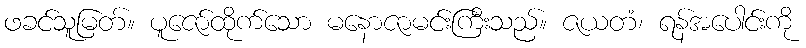
ဖခင်သူမြတ်။ ပူဇော်ထိုက်သော မနောဇာမင်းကြီးသည်။ ဇယတံ၊ ရန်အပေါင်းကို